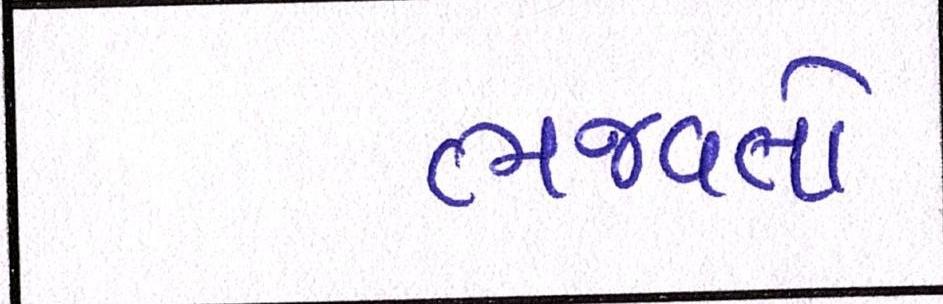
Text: ભજવતો